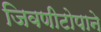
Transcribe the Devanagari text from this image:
जिवणीटोपाने